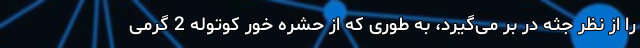
را از نظر جثه در بر می‌گیرد، به طوری که از حشره خور کوتوله 2 گرمی